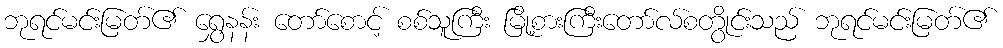
ဘုရင်မင်းမြတ်၏ ရွှေနန်း တော်စောင့် စစ်သူကြီး မြို့စားကြီးတော်လ်စတွိုင်းသည် ဘုရင်မင်းမြတ်၏